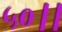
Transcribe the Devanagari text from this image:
५०।।